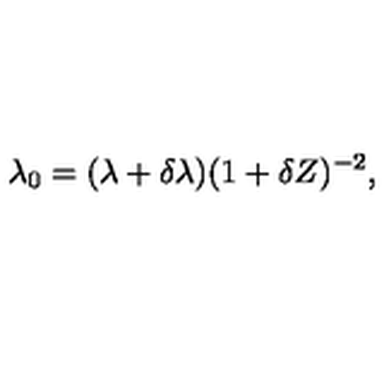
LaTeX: \lambda _ { 0 } = ( \lambda + \delta \lambda ) ( 1 + \delta Z ) ^ { - 2 } ,